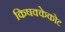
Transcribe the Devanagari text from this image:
किषक्केकोट